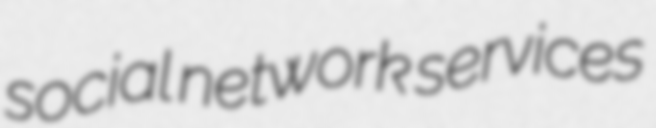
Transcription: social network services